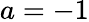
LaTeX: a=-1